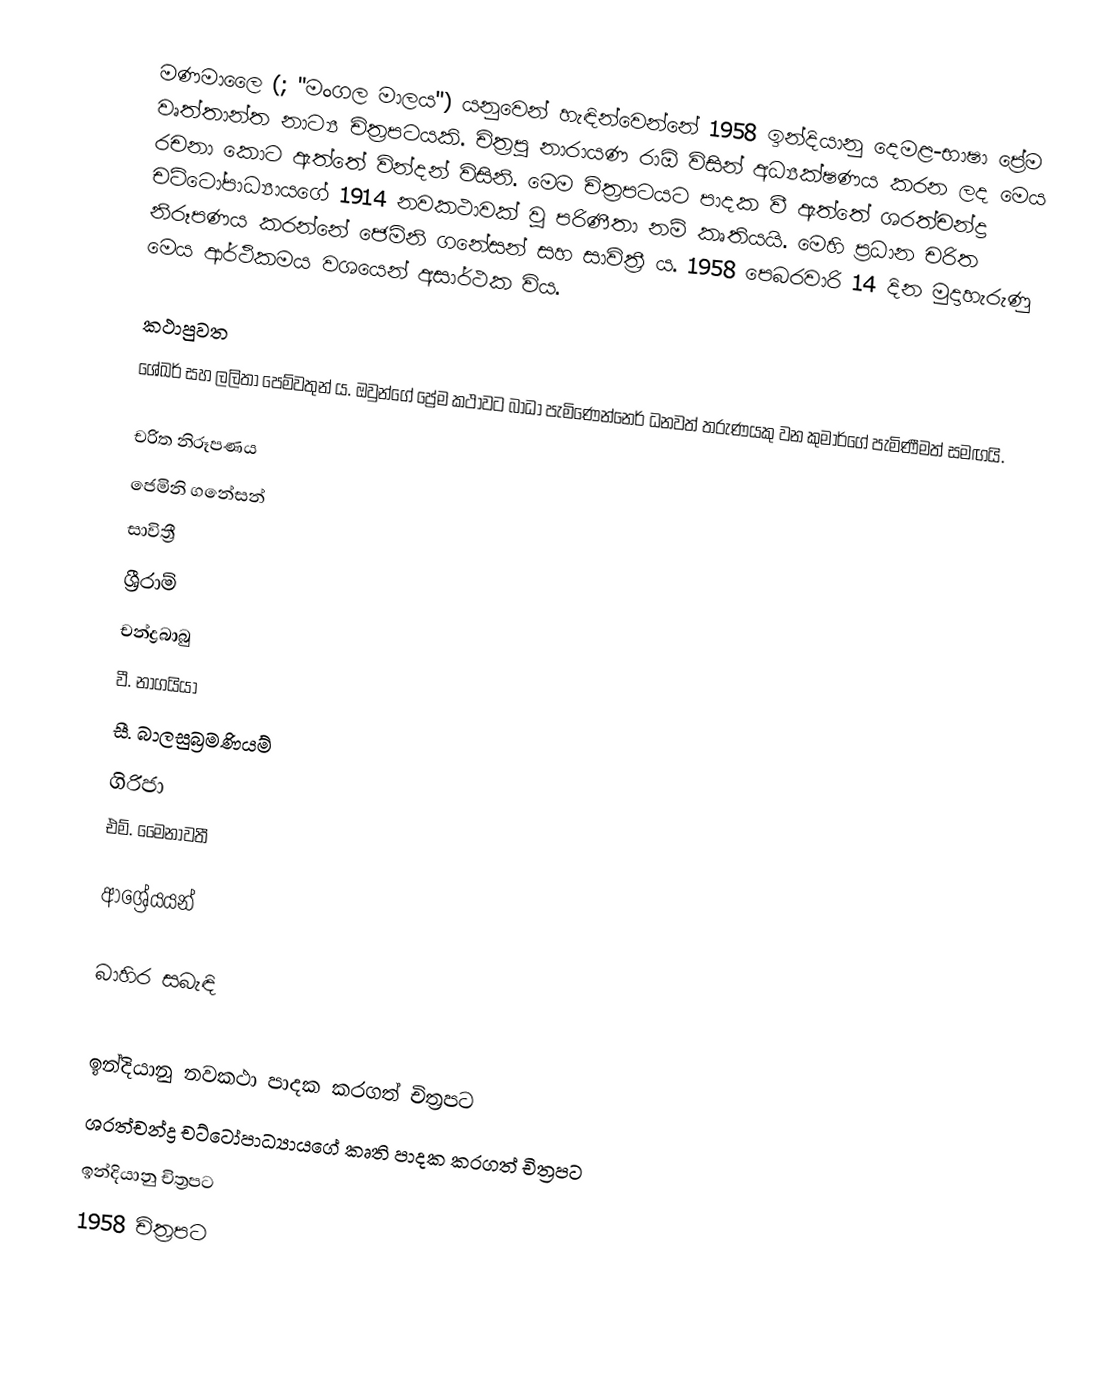
මණමාලෛ (; "මංගල මාලය") යනුවෙන් හැඳින්වෙන්නේ 1958 ඉන්දියානු දෙමළ-භාෂා ප්‍රේම වෘත්තාන්ත නාට්‍ය චිත්‍රපටයකි. චිත්‍රපු නාරායණ රාඕ විසින් අධ්‍යක්ෂණය කරන ලද මෙය රචනා කොට ඇත්තේ වින්දන් විසිනි. මෙම චිත්‍රපටයට පාදක වී ඇත්තේ ශරත්චන්ද්‍ර චට්ටෝපාධ්‍යායගේ 1914 නවකථාවක් වූ පරිණීතා නම් කෘතියයි. මෙහි ප්‍රධාන චරිත නිරූපණය කරන්නේ ජෙමිනි ගනේසන් සහ සාවිත්‍රී ය. 1958 පෙබරවාරි 14 දින මුදාහැරුණු මෙය ආර්ථිකමය වශයෙන් අසාර්ථක විය.

කථාපුවත
ශේඛර් සහ ලලිතා පෙම්වතුන් ය. ඔවුන්ගේ ප්‍රේම කථාවට බාධා පැමිණෙන්නෙර් ධනවත් තරුණයකු වන කුමාර්ගේ පැමිණීමත් සමඟයි.

චරිත නිරූපණය
 ජෙමිනි ගනේසන්
 සාවිත්‍රී
 ශ්‍රීරාම්
 චන්ද්‍රබාබු
 වී. නාගයියා
 සී. බාලසුබ්‍රමණියම්
 ගිරිජා
 එම්. මෛනාවතී

ආශ්‍රේයයන්

බාහිර සබැඳි

ඉන්දියානු නවකථා පාදක කරගත් චිත්‍රපට
ශරත්චන්ද්‍ර චට්ටෝපාධ්‍යායගේ කෘති පාදක කරගත් චිත්‍රපට
ඉන්දියානු චිත්‍රපට
1958 චිත්‍රපට